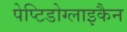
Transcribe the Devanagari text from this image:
पेप्टिडोग्लाइकैन